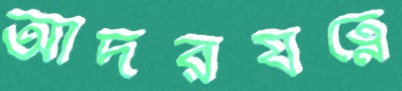
আদরযত্নে